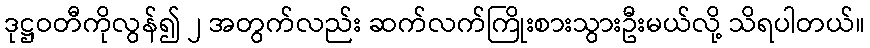
ဒုဋ္ဌဝတီကိုလွန်၍ ၂ အတွက်လည်း ဆက်လက်ကြိုးစားသွားဦးမယ်လို့ သိရပါတယ်။